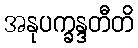
အနုပက္ခန္ဒတီတိ